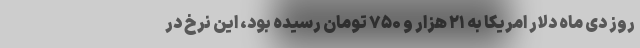
روز دی ماه دلار امریکا به ۲۱ هزار و ۷۵۰ تومان رسیده بود، این نرخ در